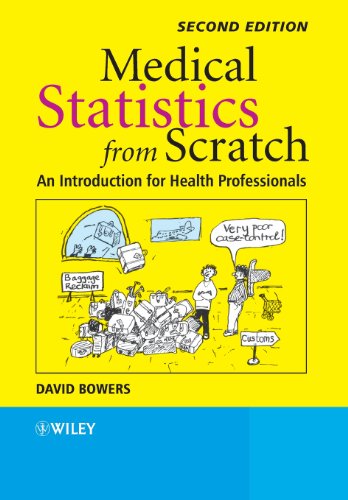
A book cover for Medical Statistics from Scratch: An Introduction for Health Professionals; David Bowers; Medical Books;